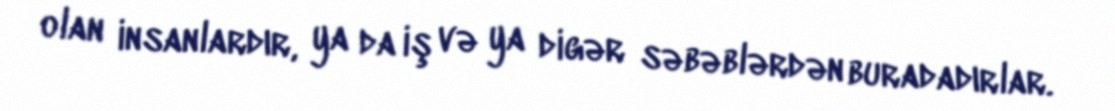
olan insanlardır, ya da iş və ya digər səbəblərdən buradadırlar.